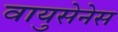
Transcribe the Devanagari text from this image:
वायुसेनेस